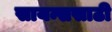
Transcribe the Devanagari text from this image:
सायन्ससाठी